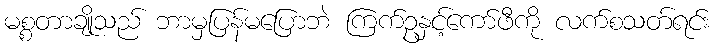
မစ္စတာချိုသည် ဘာမှပြန်မပြောဘဲ ကြက်ဥနှင့်ကော်ဖီကို လက်စသတ်ရင်း